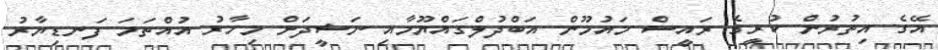
އޭގެ އިތުރުން ކުރީގެ ރައީސް މައުމޫން އަބްދުލްގައްޔޫމާއި ނަޝީދަށް މިހާރު އުއްތަމަ ފަނޑިޔާރު